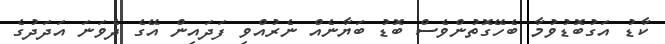
ކާޑު އަގުބޮޑުވުމާ ބެހޭގޮތުންވެސް ބޮޑު ބަޔާނެއް ނެރުއްވި ފަދައިން އޭގެ ދެވަނަ އަދަދުގެ